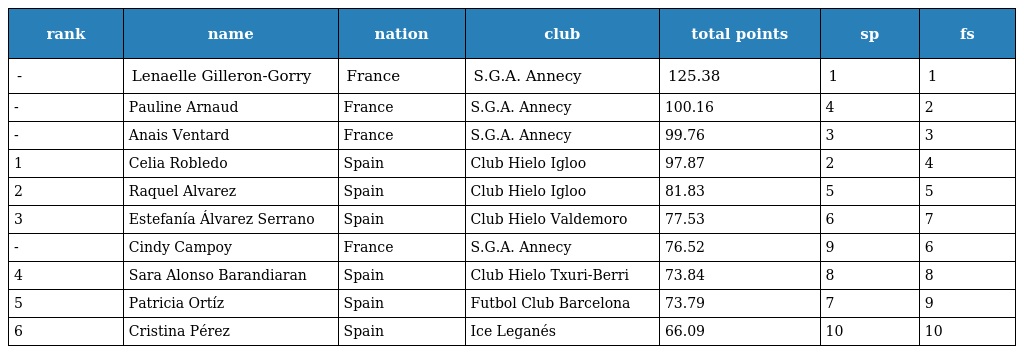
| rank | name | nation | club | total points | sp | fs |
 | --- | --- | --- | --- | --- | --- | --- |
 | - | Lenaelle Gilleron-Gorry | France | S.G.A. Annecy | 125.38 | 1 | 1 |
 | - | Pauline Arnaud | France | S.G.A. Annecy | 100.16 | 4 | 2 |
 | - | Anais Ventard | France | S.G.A. Annecy | 99.76 | 3 | 3 |
 | 1 | Celia Robledo | Spain | Club Hielo Igloo | 97.87 | 2 | 4 |
 | 2 | Raquel Alvarez | Spain | Club Hielo Igloo | 81.83 | 5 | 5 |
 | 3 | Estefanía Álvarez Serrano | Spain | Club Hielo Valdemoro | 77.53 | 6 | 7 |
 | - | Cindy Campoy | France | S.G.A. Annecy | 76.52 | 9 | 6 |
 | 4 | Sara Alonso Barandiaran | Spain | Club Hielo Txuri-Berri | 73.84 | 8 | 8 |
 | 5 | Patricia Ortíz | Spain | Futbol Club Barcelona | 73.79 | 7 | 9 |
 | 6 | Cristina Pérez | Spain | Ice Leganés | 66.09 | 10 | 10 |